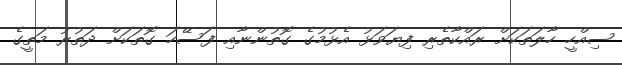
ސިއްހީ ހާލަތަކަށް ރައްކާތެރި ފިޔަވަޅު އެޅުމުގެ ގޮތުންނާއި ފަސޭހަ ގޮތަކަށް ދަތުރު މަތީގެ